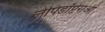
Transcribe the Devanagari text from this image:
लेपिडॉप्टेराओं